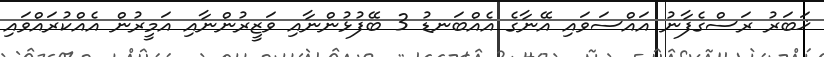
ޚަބަރު ރަސްގެފާނު އައްސަވައި އޭނާގެ އެއްބަނޑު 3 ބޭފުޅުންނާއި ވަޒީރުންނާއި އަމީރުން އެއްކުރައްވައި